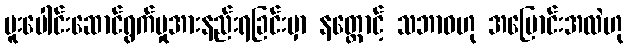
ပူးပေါင်းဆောင်ရွက်မှုအားနည်းရခြင်းမှာ နတ္ထောင့် သဘာဝဟု အပြောင်းအလဲဟု